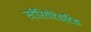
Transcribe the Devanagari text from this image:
स्टीरियोटेक्टिक